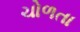
ચોળતા